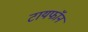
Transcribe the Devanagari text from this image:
टायफॉन